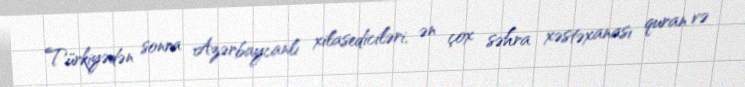
Türkiyədən sonra Azərbaycanlı xilasediciləri, ən çox səhra xəstəxanası quran və